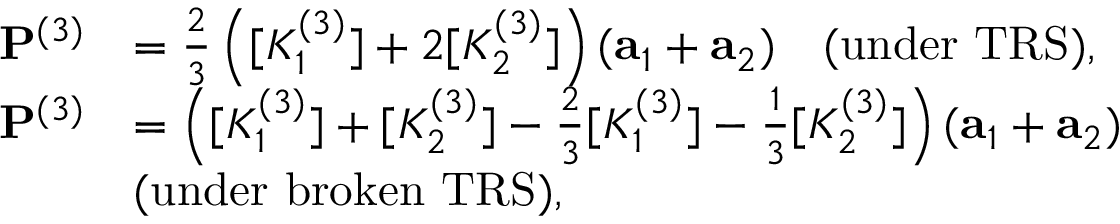
\begin{array} { r l } { { \bf P } ^ { ( 3 ) } } & { = \frac { 2 } { 3 } \left( [ K _ { 1 } ^ { ( 3 ) } ] + 2 [ K _ { 2 } ^ { ( 3 ) } ] \right) ( { \bf a } _ { 1 } + { \bf a } _ { 2 } ) \quad ( \mathrm { u n d e r ~ T R S } ) , } \\ { { \bf P } ^ { ( 3 ) } } & { = \left( [ K _ { 1 } ^ { ( 3 ) } ] + [ K _ { 2 } ^ { ( 3 ) } ] - \frac { 2 } { 3 } [ K _ { 1 } ^ { ( 3 ) } ] - \frac { 1 } { 3 } [ K _ { 2 } ^ { ( 3 ) } ] \right) ( { \bf a } _ { 1 } + { \bf a } _ { 2 } ) } \\ & { ( \mathrm { u n d e r ~ b r o k e n ~ T R S } ) , } \end{array}